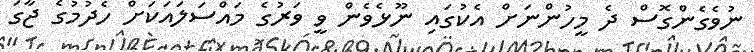
ނުވެގެންގޮސް ދެ މީހުންނަށް އެކުގައި ނޫޅެވެން ވީ ވަރުގެ މައްސަލައަކަށް ހެދުމުގެ ޖާގަ